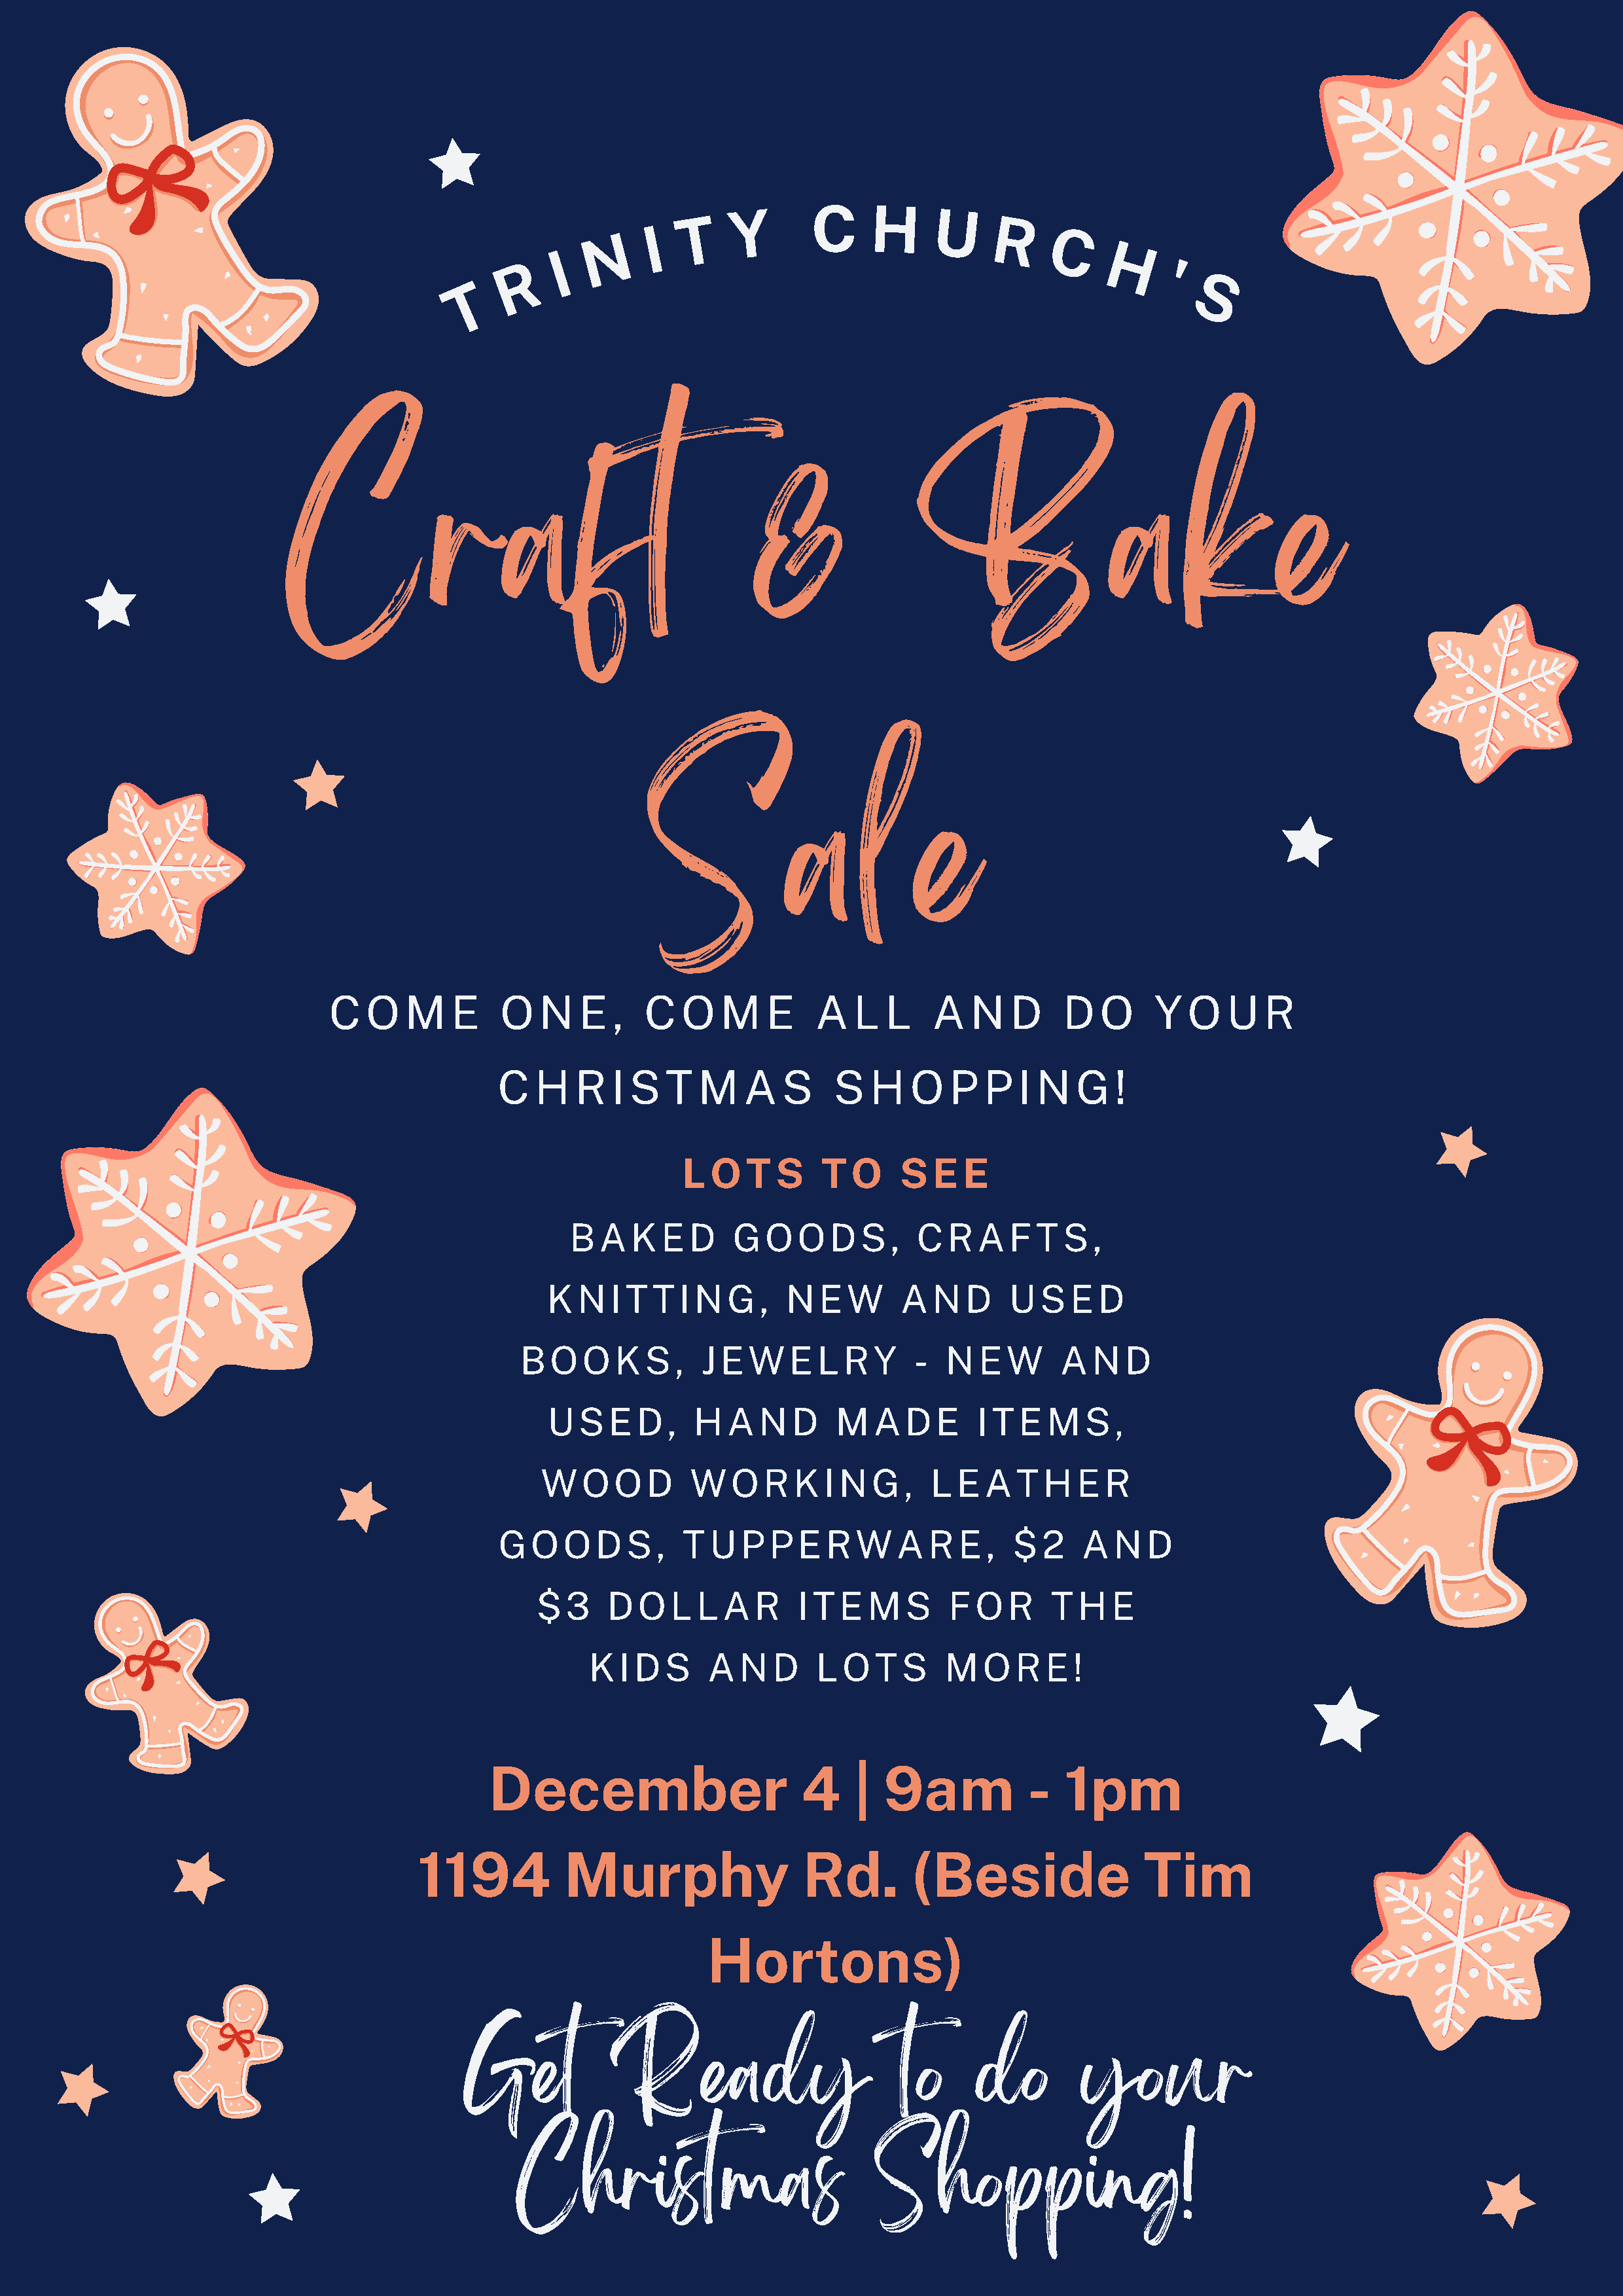
Y       C     H
 T                        U
 I                                 R
 N                                            C
 I
 H
 R
 '
 T
 S
 Craft                                          &                Bake
 Sale
 C   O   M    E    O   N   E  ,  C   O   M   E    A   L   L   A   N   D    D   O     Y  O   U   R
 C   H   R   I S  T   M   A   S    S   H   O   P  P   I N   G   !
 L  O  T  S    T  O    S  E  E
 BAKED           GOODS,             CRAFTS,
 KNITTING,               NEW         AND        USED
 BOOKS,            JEWELRY              -   NEW        AND
 USED,          HAND           MADE          ITEMS,
 WOOD           WORKING,                LEATHER
 GOODS,             TUPPERWARE,                      $2     AND
 $3     DOLLAR              ITEMS          FOR       THE
 KIDS        AND        LOTS         MORE!
 December                        4    |  9am            -   1pm
 1194           Murphy                  Rd.        (Beside                 Tim
 Hortons)
 Get            Ready                        to      do        your
 Christmas                           Shopping!